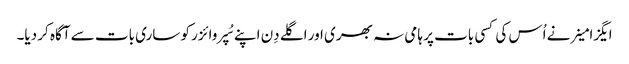
ایگزامینر نے اُس کی کسی بات پر ہامی نہ بھری اور اگلے دِن اپنے سُپروائزر کو ساری بات سے آگاہ کر دیا۔